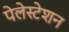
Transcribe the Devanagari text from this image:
पेलेस्टेशन